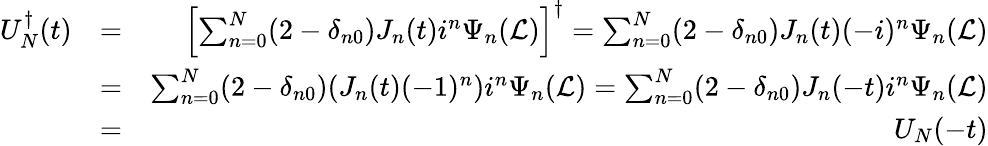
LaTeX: \begin{array}{rlr}{U_{N}^{\dagger}(t)}&{=}&{\left[\sum_{n=0}^{N}(2-\delta_{n0})J_{n}(t)i^{n}\Psi_{n}(\mathcal{L})\right]^{\dagger}=\sum_{n=0}^{N}(2-\delta_{n0})J_{n}(t)(-i)^{n}\Psi_{n}(\mathcal{L})}\\ &{=}&{\sum_{n=0}^{N}(2-\delta_{n0})(J_{n}(t)(-1)^{n})i^{n}\Psi_{n}(\mathcal{L})=\sum_{n=0}^{N}(2-\delta_{n0})J_{n}(-t)i^{n}\Psi_{n}(\mathcal{L})}\\ &{=}&{U_{N}(-t)}\end{array}